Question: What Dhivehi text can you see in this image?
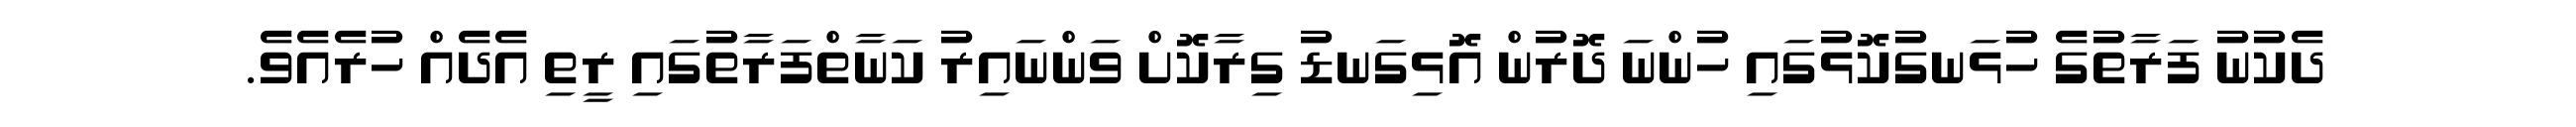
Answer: ދެކުނު ފަރާތުގެ ހުޅަނގުކޮޅުގައި ހުންނަ ދޮރުން އޮޅިގަނޑު ގިރާކޮށް ވަންނައިރު ކަނާތްފަރާތުގައި ރީތި އެދެއް ހުރެއެވެ.